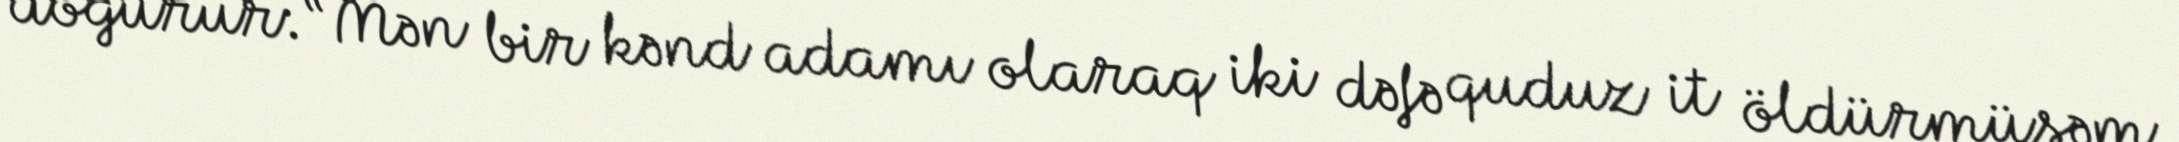
doğurur: “Mən bir kənd adamı olaraq iki dəfə quduz it öldürmüşəm.